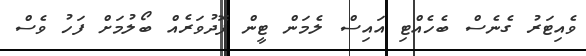
ވެއިޓަރު ގެނެސް ބެހެއްޓި އައިސް ލެމަން ޓީން ފޮދުވަރެއް ބޯލުމަށް ފަހު ވެސް